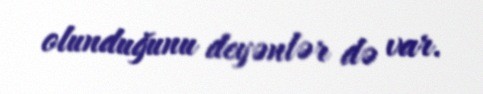
olunduğunu deyənlər də var.